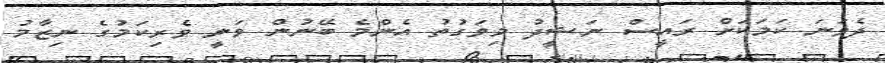
ދެވަނަ ކަމަކަށް ރައީސް ނަޝީދު މިވަގުތު އެންމެ ބޭނުން ވަނީ ވެރިކަމުގެ ނިޒާމު